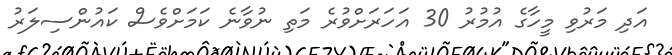
އަދި މަރުވި މީހާގެ އުމުރު 30 އަހަރަށްވުރެ މަތި ނުވާނެ ކަަމަށްވެސް ކައުންސިލަރު